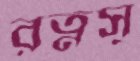
রত্নসূ